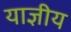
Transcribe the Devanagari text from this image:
याज्ञीय